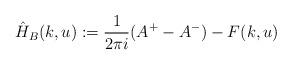
LaTeX: \begin{align*}\hat{H}_B(k,u) := \frac{1}{2\pi i}(A^{+} - A^-) - F(k,u) \end{align*}